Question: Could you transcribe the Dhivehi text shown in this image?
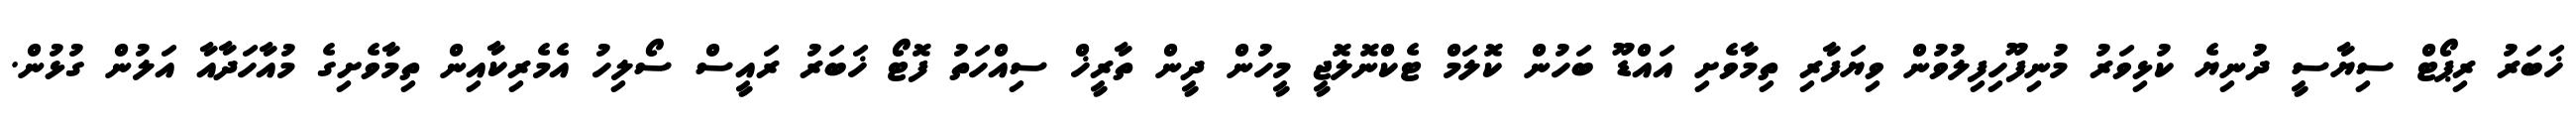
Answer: ޚަބަރު ރިޕޯޓް ސިޔާސީ ދުނިޔެ ކުޅިވަރު މުނިފޫހިފިލުވުން ވިޔަފާރި ތިމާވެށި އައްޑޫ ބަހުން ކޮލަމް ޓެކްނޮލޮޖީ މީހުން ދީން ތާރީޚް ސިއްހަތު ފޮޓޯ ޚަބަރު ރައީސް ސޯލިހު އެމެރިކާއިން ތިމާވެށިގެ މުއާހަދާއާ އަލުން ގުޅުން.